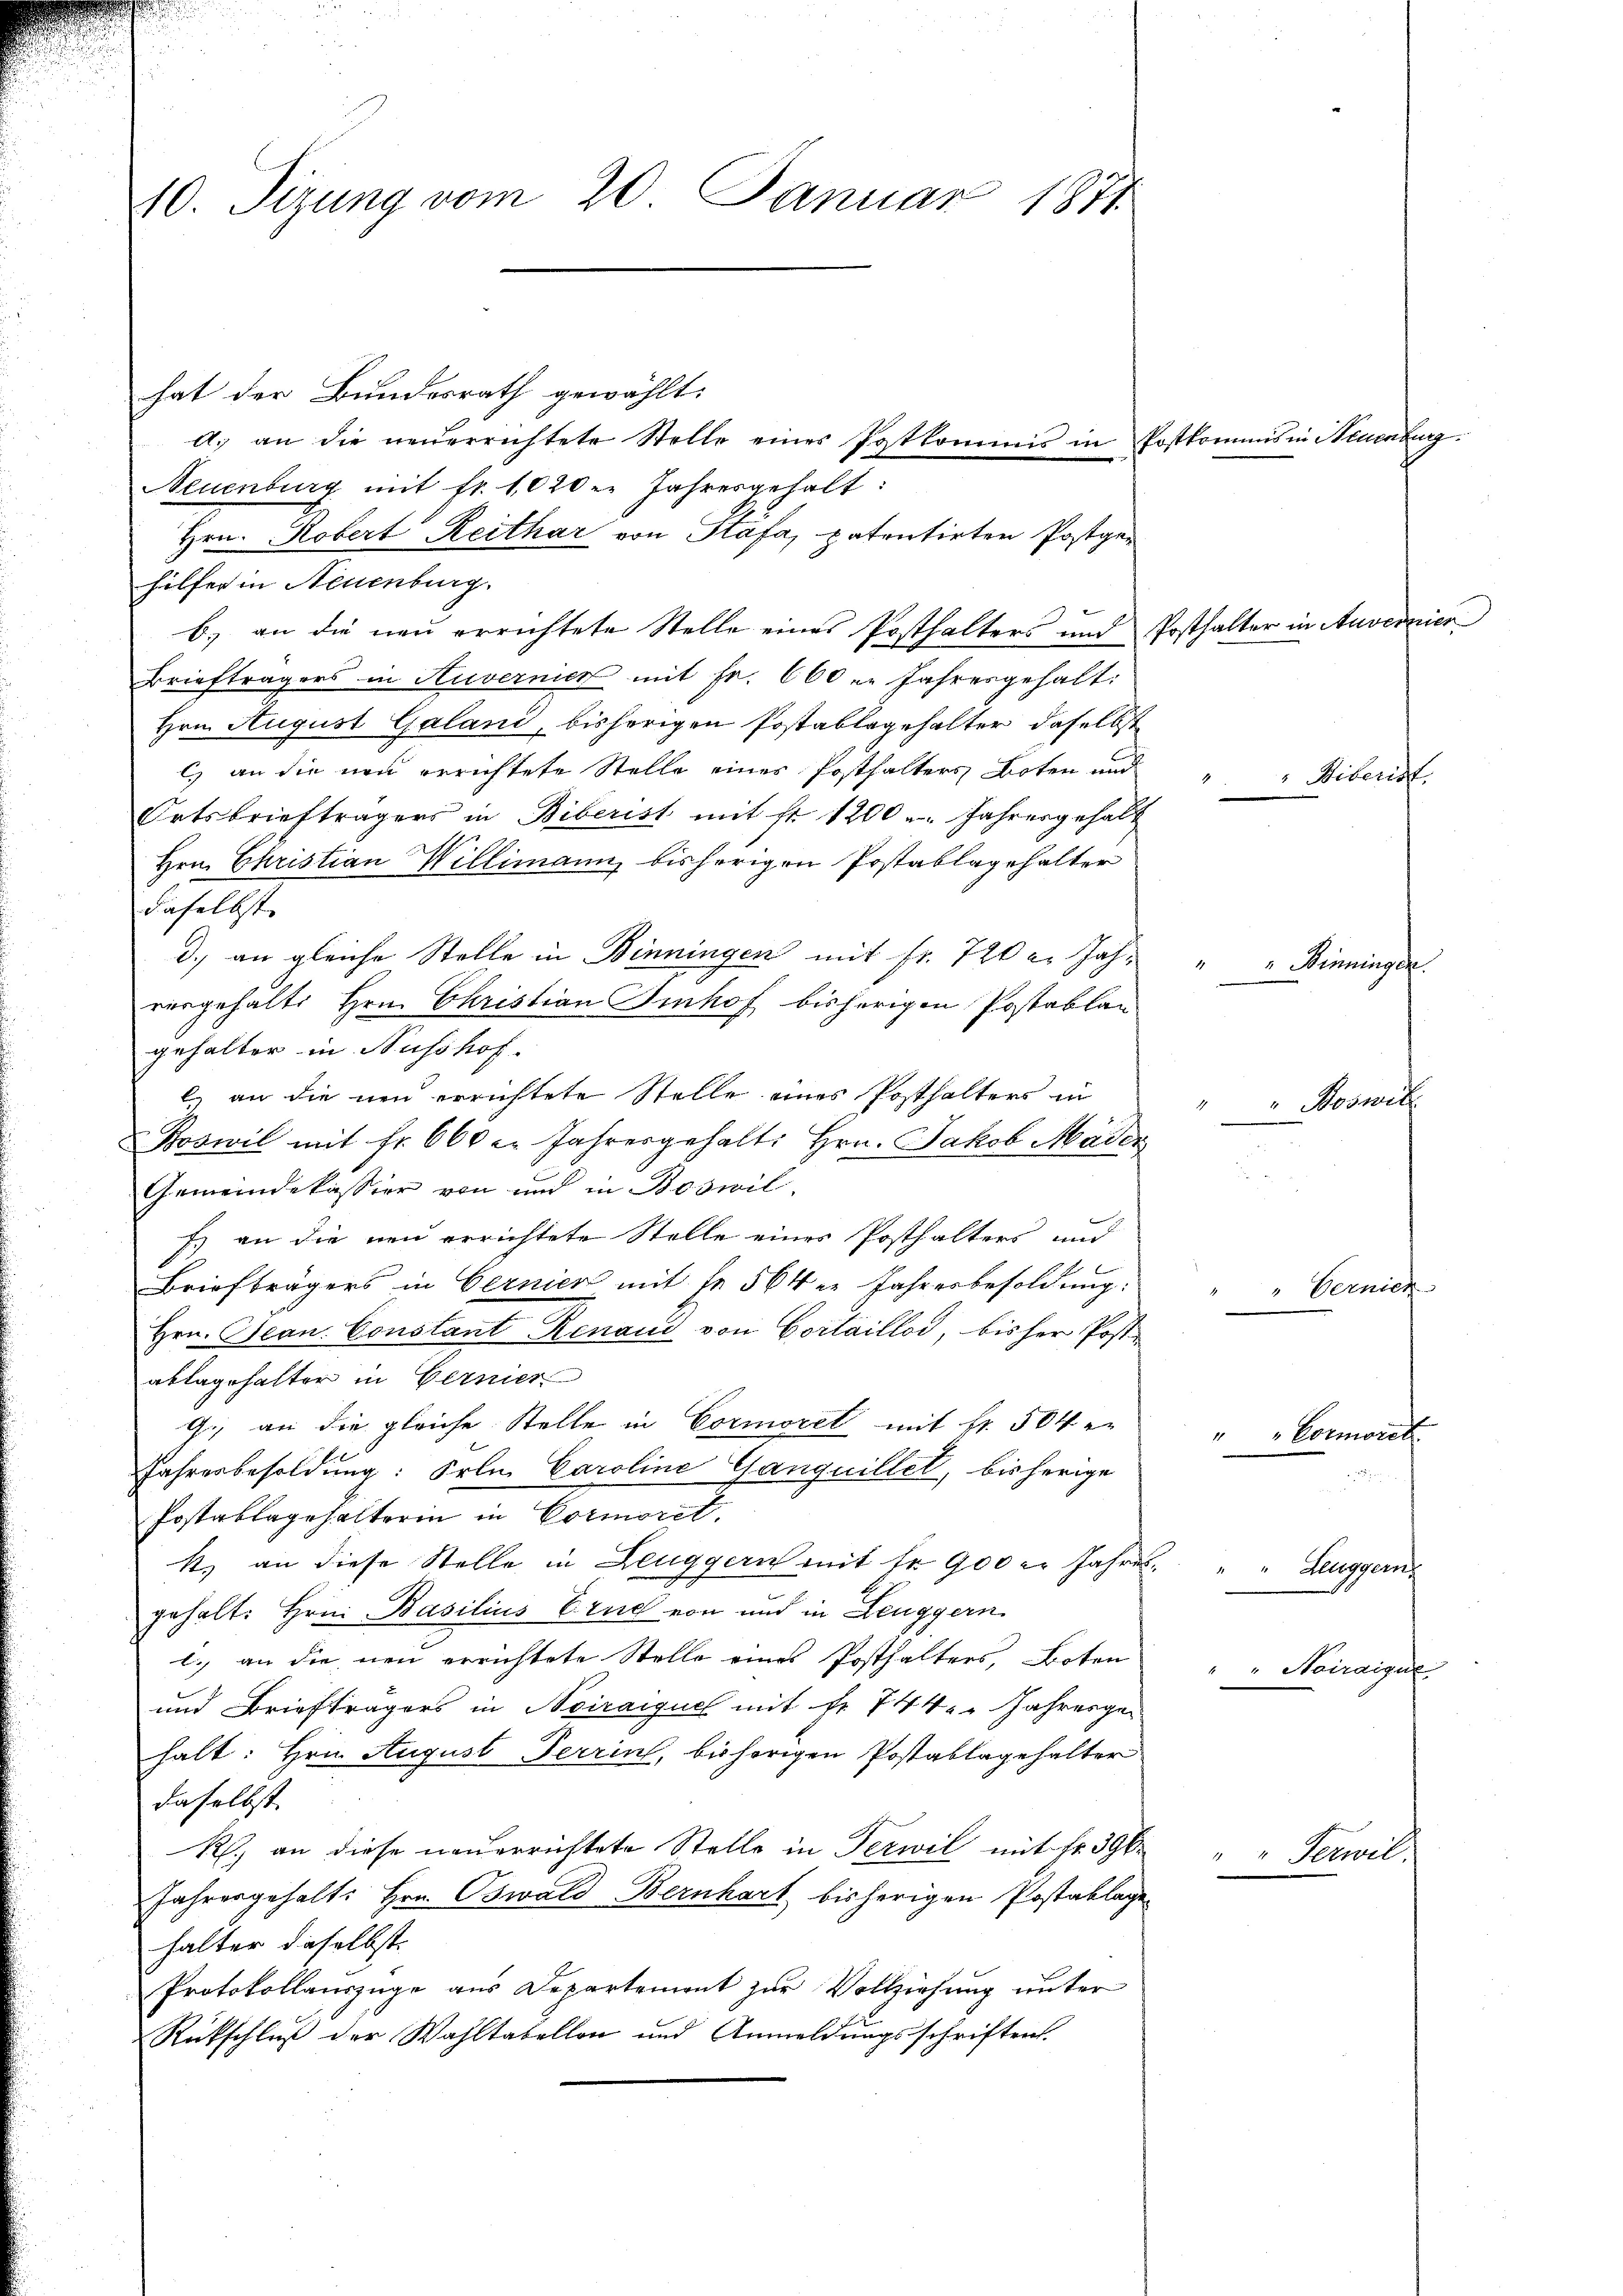
10. Sizung vom 20. Januar 1871

hat der Bundesrath gewählt:
A. an die neuerrichtete Stelle eines Postkommnis in Postkommis in Neuenburg
Neuenburg mit fr. 1020. Jahresgehalt:
Hrn. Robert Reithar von Stäfa, patentirten Postger
hilfer in Neuenburg.
b) an die neu errichtete Stelle eines Posthalters und
Briefträgers in Auvernier mit Fr. 600 u. Jahresgehalt:
Hrn. August Galand, bisherigen Postablagehalter daselbst
c) an die neu errichtete Stelle eines Posthalters Boten und
Ortsbriefträgers in Biberist mit fr. 1200 Jahresgehalt
Hrn. Christian Willimann, bisherigen Postablagehalter
daselbst.
d.) an gleiche Stelle in Binningen mit fr. 720 u. Jahvergehalte Hrn. Christian Imhof bisherigen Postablan
gehalter in Ausshof
l. an die neu errichtete Stelle eines Posthalters in
Boswil mit fr. 600 er Jahresgehalt: Hrn. Jakob Mäder
Gemeindekassier von und in Boswil,
Es an die neu errichtete Stelle eines Posthalters und
Briefträgers in Cernier mit Fr. 564 er Jahresbesoldung:
Hrn. Jean Constant Renaud von Cortaillos, bisher Poste
ablagehalter in Bernier
g., an die gleiche Stelle in Cormoret mit Fr. 504 e
Jahresbesoldung: Erlei Caroline Ganquillet, bisherige
Postablagehalterin in Cotmoret,
k., an diese Stelle in Leuggern mit fr. 900 er Jahres-
gehalt: Hrn. Basilius Erud von und in Leuggern.
l. an die neu errichtete Stelle eines Posthalters, Boten
und Briefträgers in Noiraiguel mit Nr. 744. " Jahresge-
halt: Hrn. August Terrin, bisherigen Postablagehalter
daselbst
R.) an diese neuerrichtete Stelle in Terwil mit Fr. 396
Jahresgehalt: Hrn. Oswald Bernhart bisherigen Postaklage
halter dieselbst.
Protokollauszüge aus Departemont zur Vollziehung unter
Rückschluß der Wahltabellon und Anmeldungsschriften.

Posthalter in Anver

Conorit

Himel

Penninger

Bibericht.

Boswir

Bernic

Leuggern.
Kairaigus